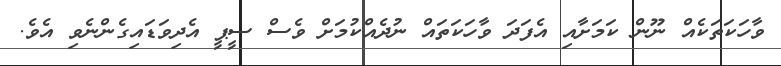
ވާހަކަތަކެއް ނޫން ކަމަށާއި އެފަދަ ވާހަކަތައް ނުދެއްކުމަށް ވެސް ސީޕީ އެދިވަޑައިގެންނެވި އެވެ.